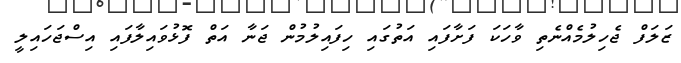
ޒަލަފް ޖެހިލުމެއްނެތި ވާހަކަ ފަށާފައި އަތުގައި ހިފައިލުމުން ޖަނާ އަތް ފޮޅުވައިލާފައި އިސްޖަހައިލީ